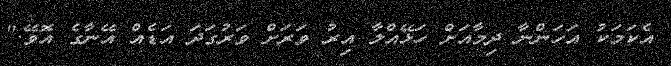
އެކަމަކު އަހަންނާ ދިމާއަށް ހަޅޭއްލާ އިރު ވަރަށް ވަރުގަދަ އަޑެއް އޭނާގެ އޮވޭ."